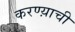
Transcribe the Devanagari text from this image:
करण्य़ाची